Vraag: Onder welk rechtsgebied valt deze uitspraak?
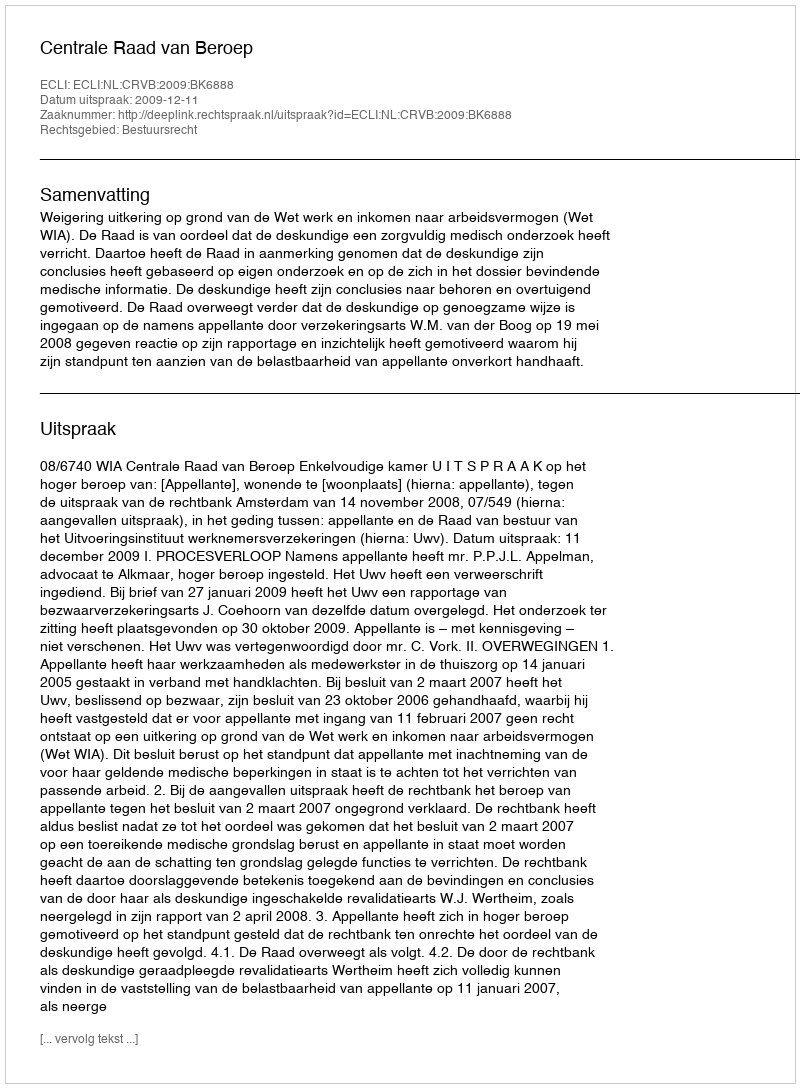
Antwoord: Bestuursrecht